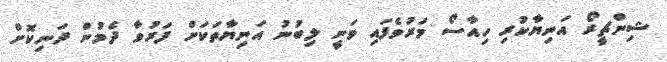
ޝިންޗީރޯ އަނިޔާކުރި ހިއާސޯ މަރުވެފައި ވަނީ ލިބުނު އަނިޔާތަކަށް ފަރުވާ ދެމުން ދަނިކޮށް